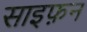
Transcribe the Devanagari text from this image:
साइफ़न